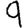
Digit: 9